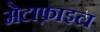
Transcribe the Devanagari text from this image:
मेटाफ़ाइल